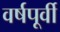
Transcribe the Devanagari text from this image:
वर्षपूर्वी